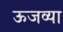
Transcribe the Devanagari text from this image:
ऊजव्या